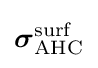
{\boldsymbol {\sigma }}_{\text{AHC}}^{\text{surf}}